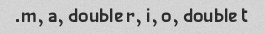
m, a, double r, i, o, double t.